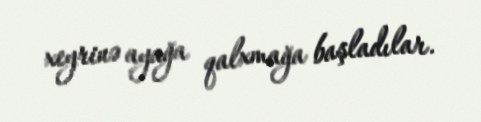
xeyrinə ayağa qalxmağa başladılar.